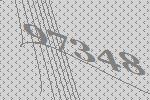
97348